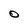
Character: O